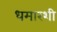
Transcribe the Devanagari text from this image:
धमारशी